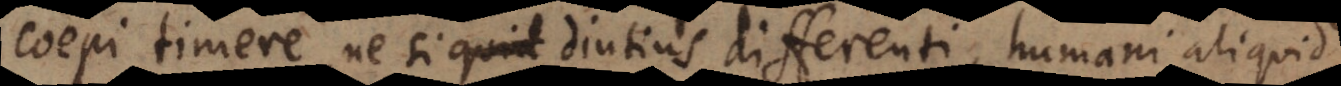
coepi timere, ne si diutius differenti, humani aliquid